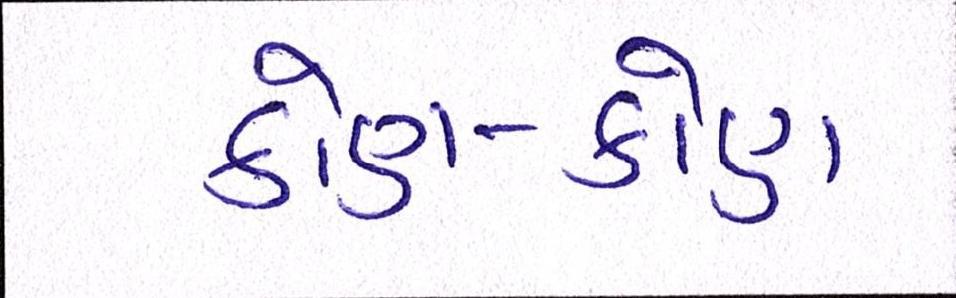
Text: કોણ-કોણ